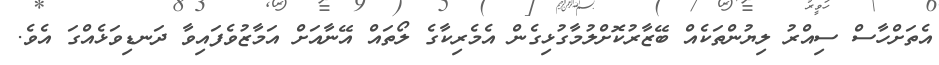
އެތަށްހާސް ސިއްރު ލިޔުންތަކެއް ބޭޒާރުކޮށްލުމާގުޅިގެން އެމެރިކާގެ ލޯތައް އޭނާއަށް އަމާޒުވެފައިވާ ދަނޑިވަޅެއްގަ އެވެ.